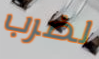
لضرب